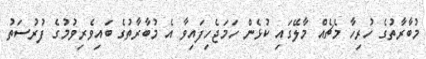
މުބާރާތުގެ ހުރިހާ މެޗެއް މާލޭގައި ކުޅެން ހަމަޖެހިފައިވާ އެ މުބާރާތުގެ ބައިވެރިވުމުގެ ފުރުސަތު